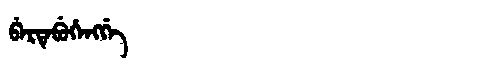
Manchu: ᠪᡝᡵᡨᡝᠪᡠᡥᡝᠩᡤᡝ
Romanization: BERTEBUHENGGE